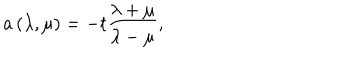
a \left( \lambda , \mu \right) = - t \frac { \lambda + \mu } { \lambda - \mu } ,